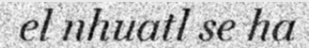
el nhuatl se ha